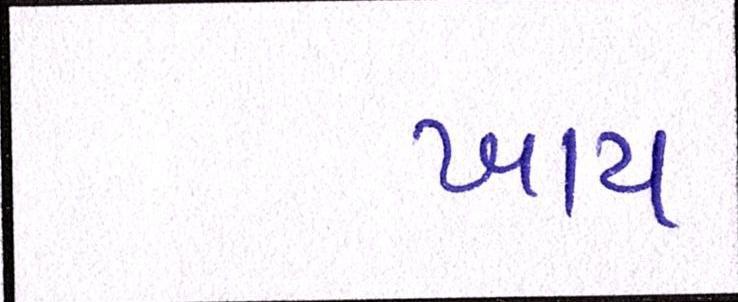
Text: ખાય